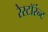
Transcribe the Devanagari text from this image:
रेस्टॉरंन्ट